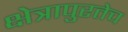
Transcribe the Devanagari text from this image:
क्षेत्रापुरतेच